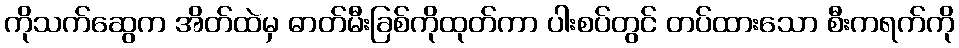
ကိုသက်ဆွေက အိတ်ထဲမှ ဓာတ်မီးခြစ်ကိုထုတ်ကာ ပါးစပ်တွင် တပ်ထားသော စီးကရက်ကို